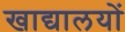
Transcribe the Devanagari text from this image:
खाद्यालयों